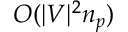
O ( | V | ^ { 2 } n _ { p } )